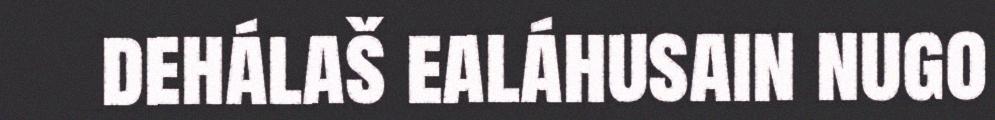
dehálaš ealáhusain nugo